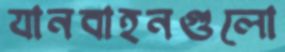
যানবাহনগুলো